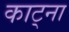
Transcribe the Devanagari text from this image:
काट्ना